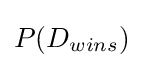
P(D_{wins})